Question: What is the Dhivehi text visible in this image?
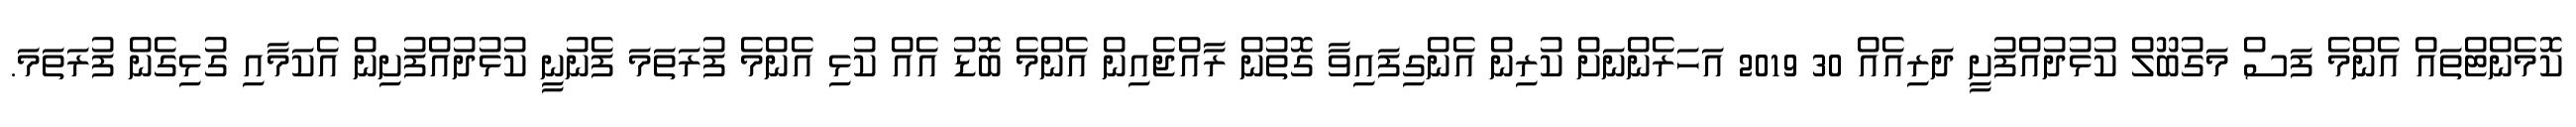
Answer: ކޮމެންޓްތައް އެންމެ ފަސް މަގުބޫލް ކުޅުދުއްފުށީ ދަރިއެއް 30 2019 އަހަރެންނަށް ކުރިން އެންގިފައިވާ ގޮތުން ރާއްޖެއިން އެންމެ ބޮޑު އެއް ކުޅި އެންމެ ފުރަތަމަ ފެނުނީ ކުޅުދުއްފުށިން އެކަމާއި ގުޅިގެން ފުރަތަމަ.